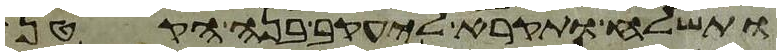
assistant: ותשלח ותקרא ליעקב בנה הקטן